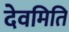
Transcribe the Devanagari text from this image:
देवमिति